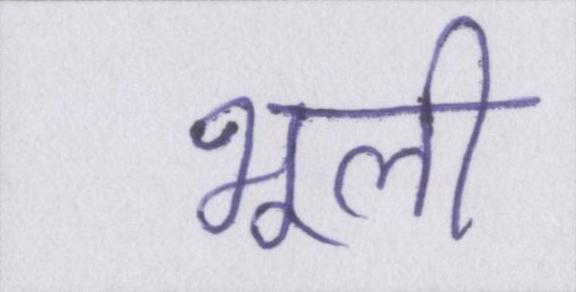
भूली